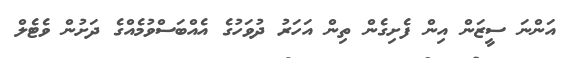
އަންނަ ސީޒަން އިން ފެށިގެން ތިން އަހަރު ދުވަހުގެ އެއްބަސްވުމެއްގެ ދަށުން ވެޓެލް